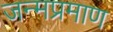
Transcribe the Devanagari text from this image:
जन्मप्रमाण